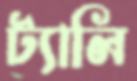
ট্যালি